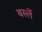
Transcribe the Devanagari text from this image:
बर्स्ले